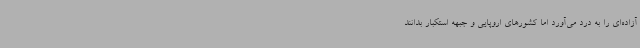
آزاده‌ای را به درد می‌آورد اما کشورهای اروپایی و جبهه استکبار بدانند